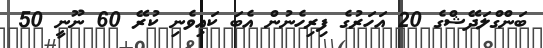
ބަންގްލަދޭޝްގެ 20 އަހަރުގެ ފިރިހެނުން އެބަ ކައިވެނި ކުރޭ 60 ނޫނީ 50